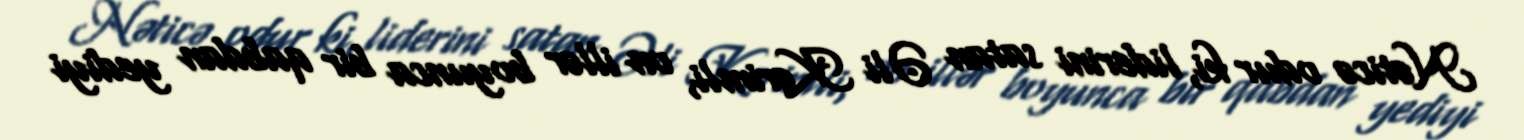
Nəticə odur ki, liderini satan Əli Kərimli, on illər boyunca bir qabdan yediyi